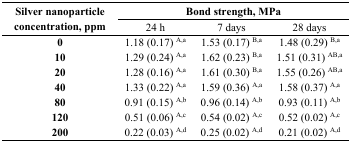
<table><thead><tr><td rowspan="3"><b>Silver nanoparticle concentration, ppm</b></td><td colspan="3"><b>Bond strength, MPa</b></td></tr><tr><td><b>24 h</b></td><td><b>7 days</b></td><td><b>28 days</b></td></tr></thead><tbody><tr><td><b>0</b></td><td>1.18 (0.17) <sup>A,a</sup></td><td>1.53 (0.17) <sup>B,a</sup></td><td>1.48 (0.29) <sup>B,a</sup></td></tr><tr><td><b>10</b></td><td>1.29 (0.24) <sup>A,a</sup></td><td>1.62 (0.23) <sup>B,a</sup></td><td>1.51 (0.31) <sup>AB,a</sup></td></tr><tr><td><b>20</b></td><td>1.28 (0.16) <sup>A,a</sup></td><td>1.61 (0.30) <sup>B,a</sup></td><td>1.55 (0.26) <sup>AB,a</sup></td></tr><tr><td><b>40</b></td><td>1.33 (0.22) <sup>A,a</sup></td><td>1.59 (0.36) <sup>A,a</sup></td><td>1.58 (0.37) <sup>A,a</sup></td></tr><tr><td><b>80</b></td><td>0.91 (0.15) <sup>A,b</sup></td><td>0.96 (0.14) <sup>A,b</sup></td><td>0.93 (0.11) <sup>A,b</sup></td></tr><tr><td><b>120</b></td><td>0.51 (0.06) <sup>A,c</sup></td><td>0.54 (0.02) <sup>A,c</sup></td><td>0.52 (0.02) <sup>A,c</sup></td></tr><tr><td><b>200</b></td><td>0.22 (0.03) <sup>A,d</sup></td><td>0.25 (0.02) <sup>A,d</sup></td><td>0.21 (0.02) <sup>A,d</sup></td></tr></tbody></table>